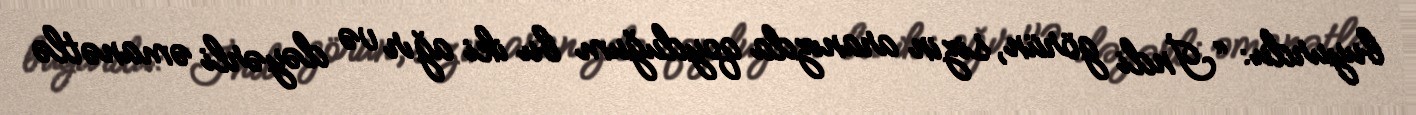
buyurdu: “İndi görün, sizin aranızda qoyduğum bu iki ağır və dəyərli əmanətlə